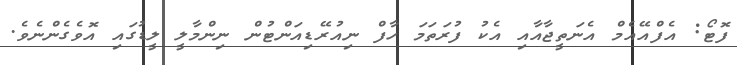
ފޮޓޯ: އެފްއޭއެމް އެނަތީޖާއާއި އެކު ފުރަތަމަ ހާފް ނިއުރޭޑިއަންޓުން ނިންމާލީ ލީޑުގައި އޮވެގެންނެވެ.